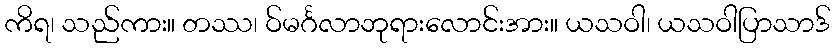
ကိရ၊ သည်ကား။ တဿ၊ ဝ်မင်္ဂလာဘုရားလောင်းအား။ ယသဝါ၊ ယသဝါပြာသာဒ်